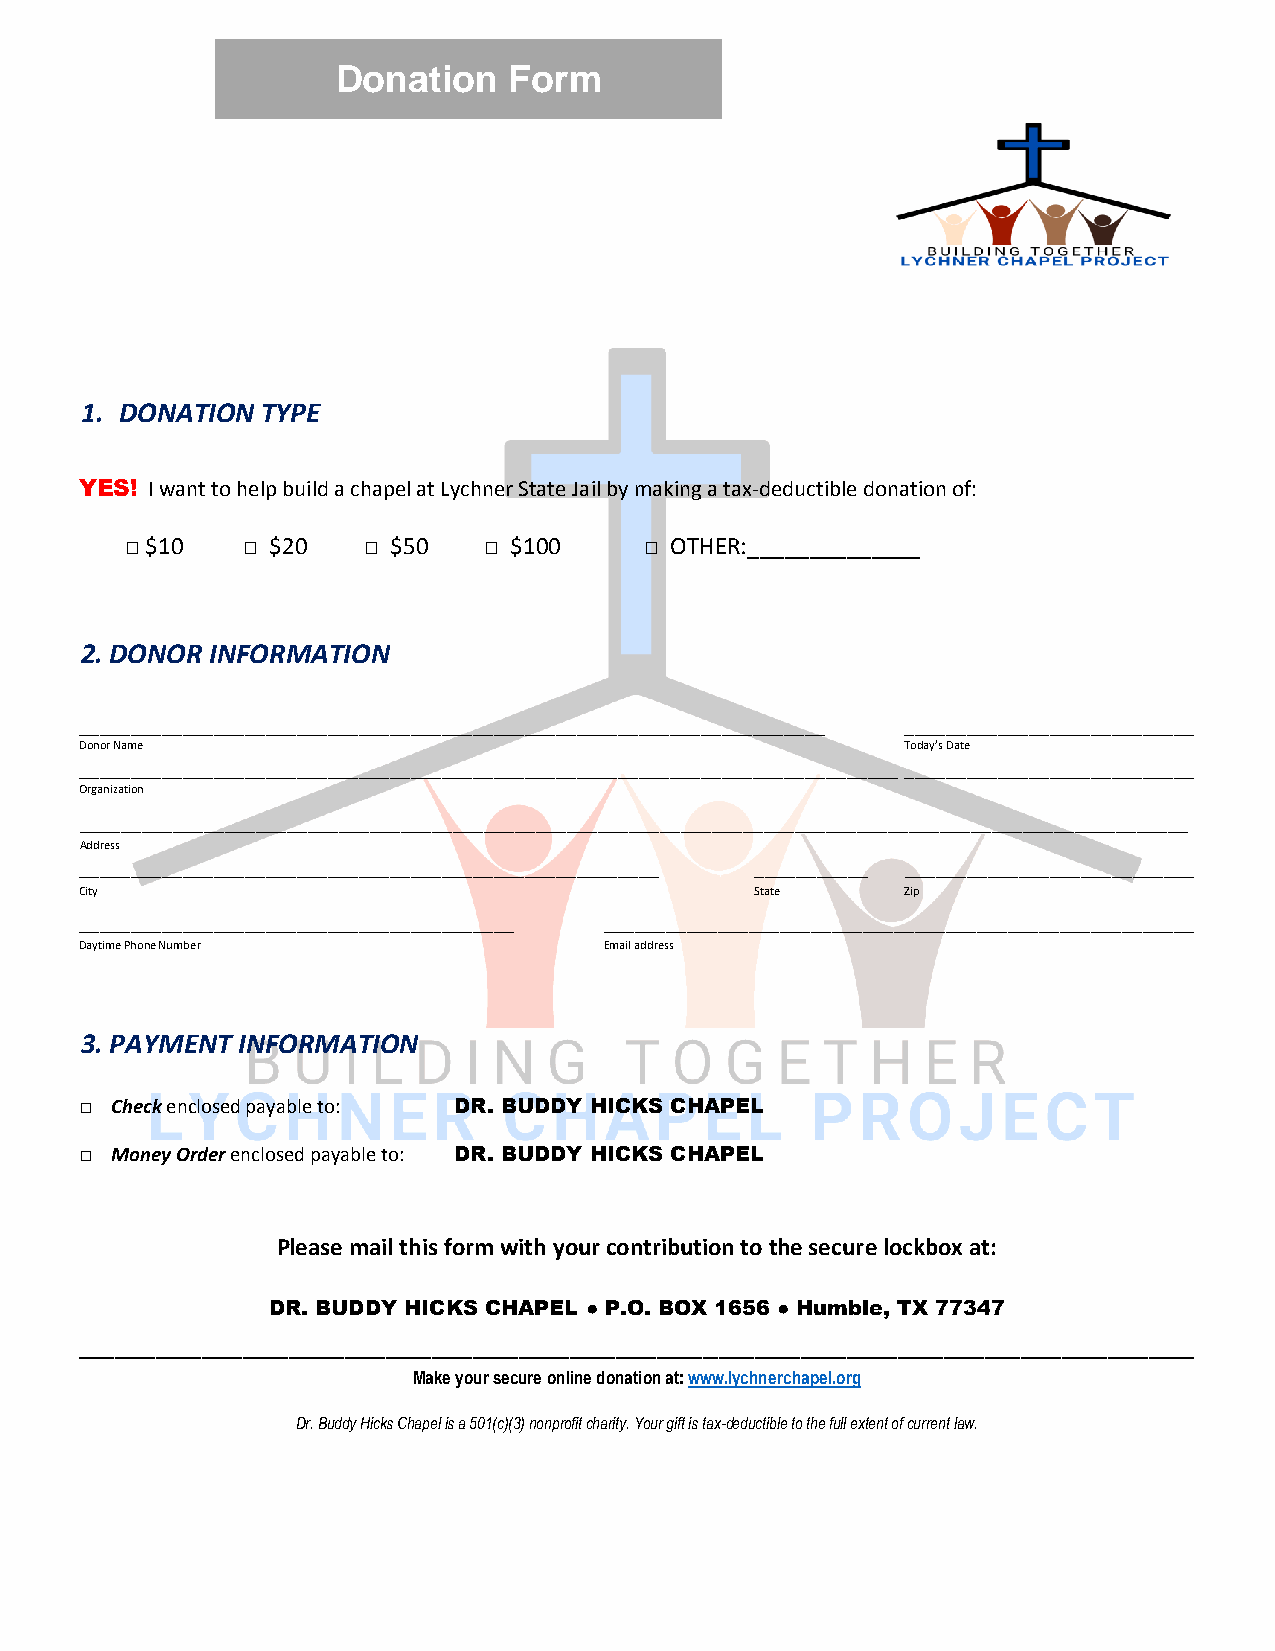
Donation    Form
 1. DONATION TYPE
 YES! I want to help build a chapel at Lychner State Jail by making a tax-deductible donation of:
 □ $10   □ $20   □ $50   □ $100     □ OTHER:______________
 2. DONOR INFORMATION
 ________________________________________________________________________ ____________________________
 Donor Name                                             Today’s Date
 _______________________________________________________________________________ _ ___________________________
 Organization
 ___________________________________________________________________________________________________________
 Address
 ________________________________________________________ ___________ ____________________________
 City                                         State     Zip
 __________________________________________ _________________________________________________________
 Daytime Phone Number               Email address
 3. PAYMENT INFORMATION
 □ Check enclosed payable to: DR. BUDDY HICKS CHAPEL
 □ Money Order enclosed payable to: DR. BUDDY HICKS CHAPEL
 Please mail this form with your contribution to the secure lockbox at:
 DR. BUDDY HICKS CHAPEL ● P.O. BOX 1656 ● Humble, TX 77347
 --------------------------------------------------------------------------------------------------------------------------------------------------------------------------------------------------------------------------
 Make your secure online donation at: www.lychnerchapel.org
 Dr. Buddy Hicks Chapel is a 501(c)(3) nonprofit charity. Your gift is tax-deductible to the full extent of current law.